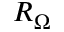
R _ { \Omega }